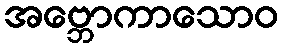
အဗ္ဘောကာသောဝ